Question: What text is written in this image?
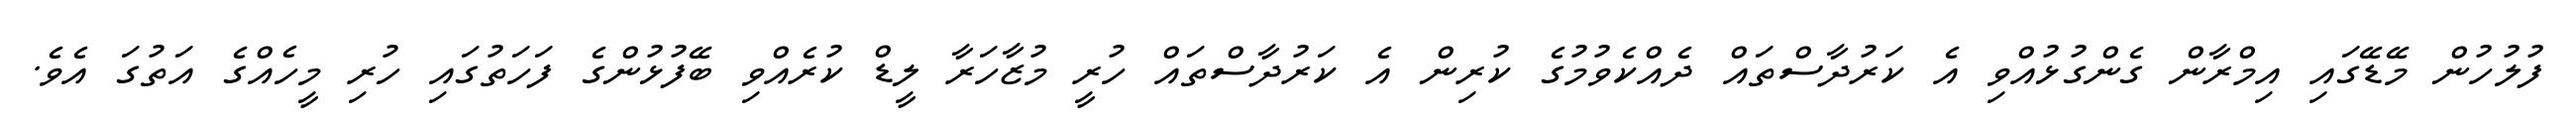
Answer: ފުލުހުން މޭޑޭގައި އިމްރާން ގެންގުޅުއްވި އެ ކަރުދާސްތައް ދެއްކެވުމުގެ ކުރިން އެ ކަރުދާސްތައް ހުރީ މުޒާހަރާ ލީޑް ކުރެއްވި ބޭފުޅުންގެ ފަހަތުގައި ހުރި މީހެއްގެ އަތުގަ އެވެ.